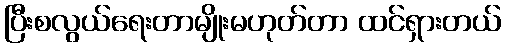
ပြီးစလွယ်ရေးတာမျိုးမဟုတ်တာ ထင်ရှားတယ်